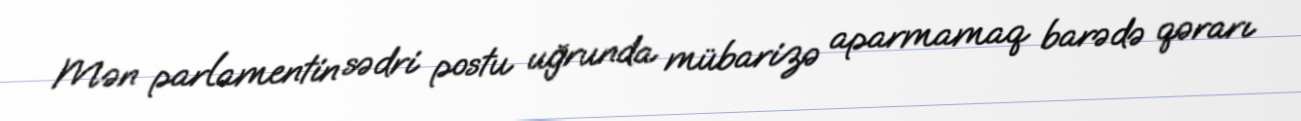
Mən parlamentin sədri postu uğrunda mübarizə aparmamaq barədə qərarı